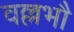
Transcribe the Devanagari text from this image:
वल्लभौ